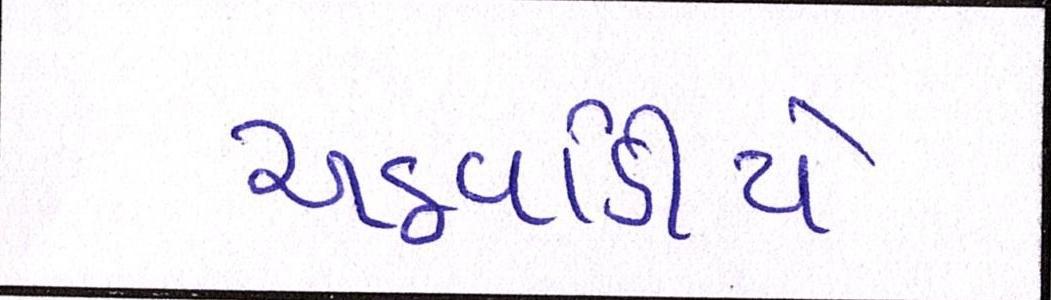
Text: અઠવાડીયે